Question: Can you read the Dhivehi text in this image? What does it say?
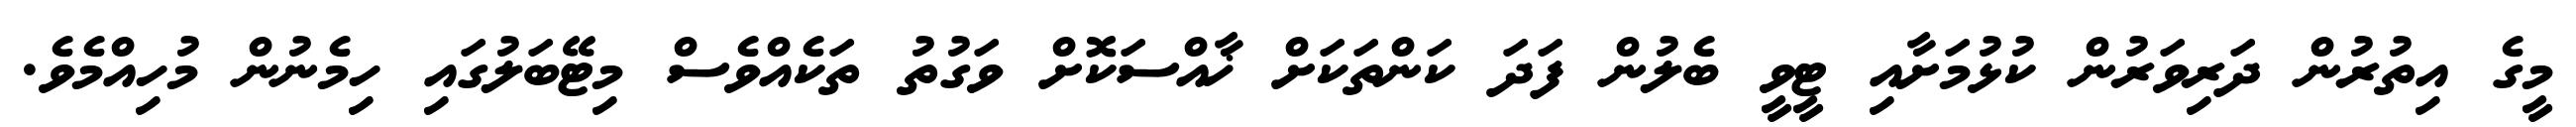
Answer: މީގެ އިތުރުން ދަރިވަރުން ކުޅުމަށާއި ޓީވީ ބެލުން ފަދަ ކަންތަކަށް ޚާއްސަކޮށް ވަގުތު ތަކެއްވެސް މިޓޭބަލުގައި ހިމެނުން މުހިއްމެވެ.